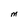
Character: M